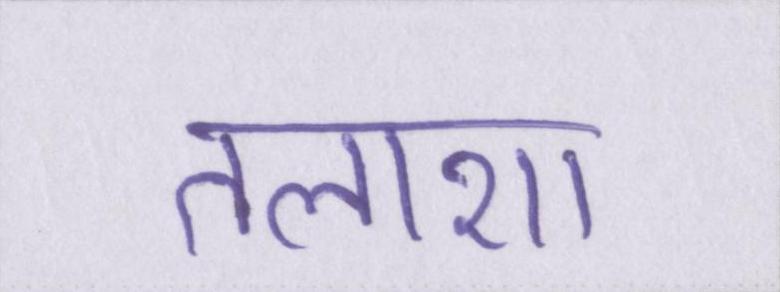
तलाशा